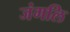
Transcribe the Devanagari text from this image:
जंगलि